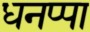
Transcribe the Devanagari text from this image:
धनप्पा